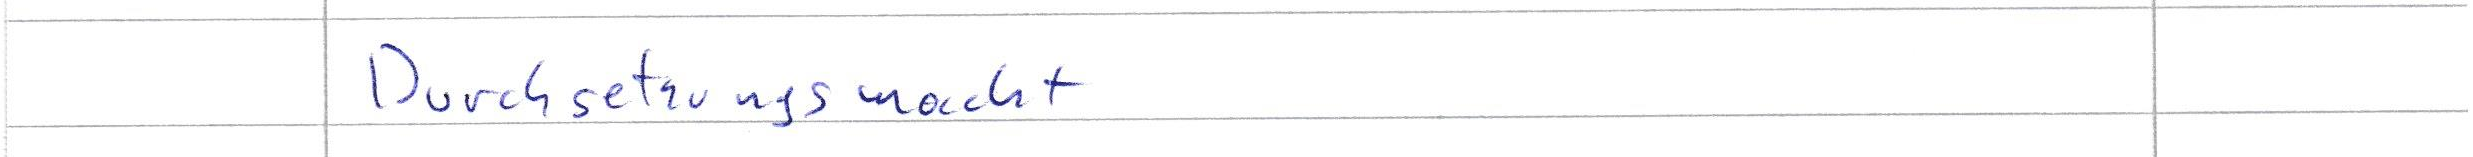
Durchsetzungsmacht